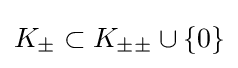
K_{\pm }\subset K_{\pm \pm }\cup \{0\}